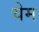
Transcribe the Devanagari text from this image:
येम